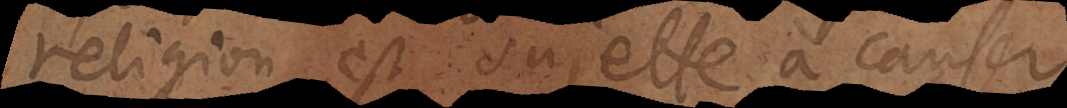
religion est sujette à causer